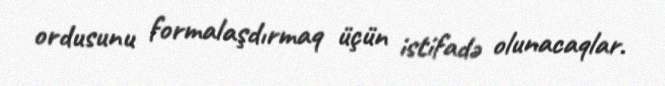
ordusunu formalaşdırmaq üçün istifadə olunacaqlar.